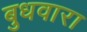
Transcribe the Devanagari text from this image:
बुधवारा